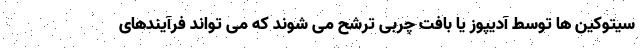
سیتوکین ها توسط آدیپوز یا بافت چربی ترشح می شوند که می تواند فرآیندهای